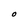
Character: O